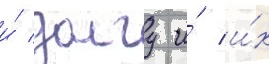
и́ долгу и́ и́х